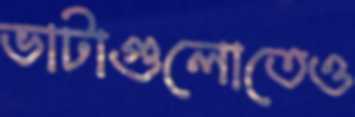
ভাটাগুলোতেও